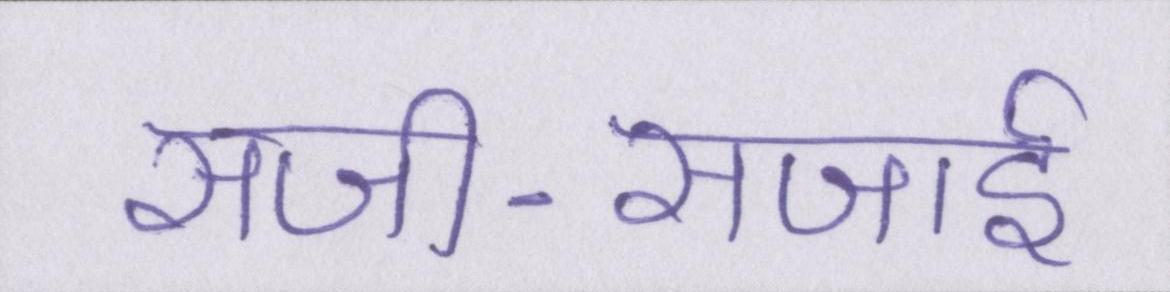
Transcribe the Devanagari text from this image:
सजी-सजाई